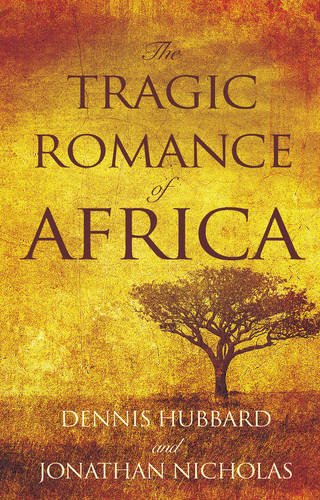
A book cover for The Tragic Romance of Africa: A True Adventure; Dennis Hubbard; Travel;